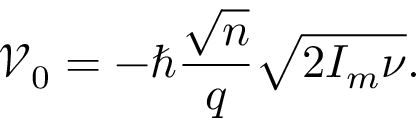
\mathcal { V } _ { 0 } = - \hbar \frac { \sqrt { n } } { q } \sqrt { 2 I _ { m } \nu } .